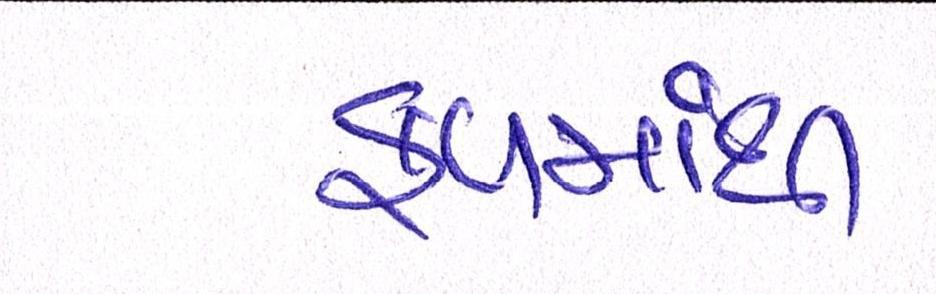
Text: ફળમાંથી